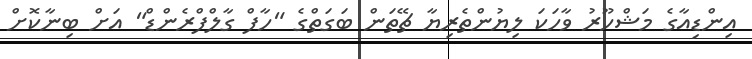
އިންޑިއާގެ މަޝްހޫރު ވާހަކަ ލިޔުންތެރިޔާ ޗޭތަން ބަގަތްގެ "ހާފް ގާލްފްރެންޑް" އަށް ބިނާކޮށް